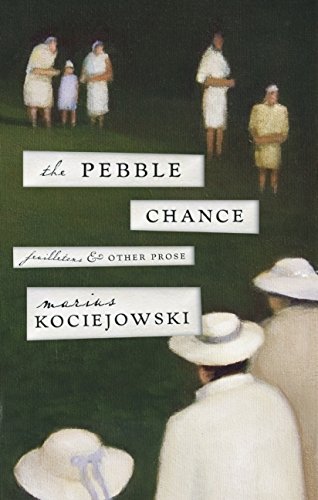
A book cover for The Pebble Chance: Feuilletons and Other Prose; Marius Kociejowski; Gay & Lesbian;